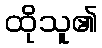
ထိုသူ၏